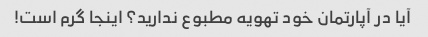
آیا در آپارتمان خود تهویه مطبوع ندارید؟ اینجا گرم است!